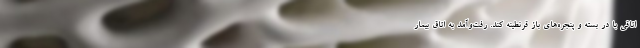
اتاقی با درِ بسته و پنجره‌های باز قرنطینه کند. رفت‌وآمد به اتاق بیمار